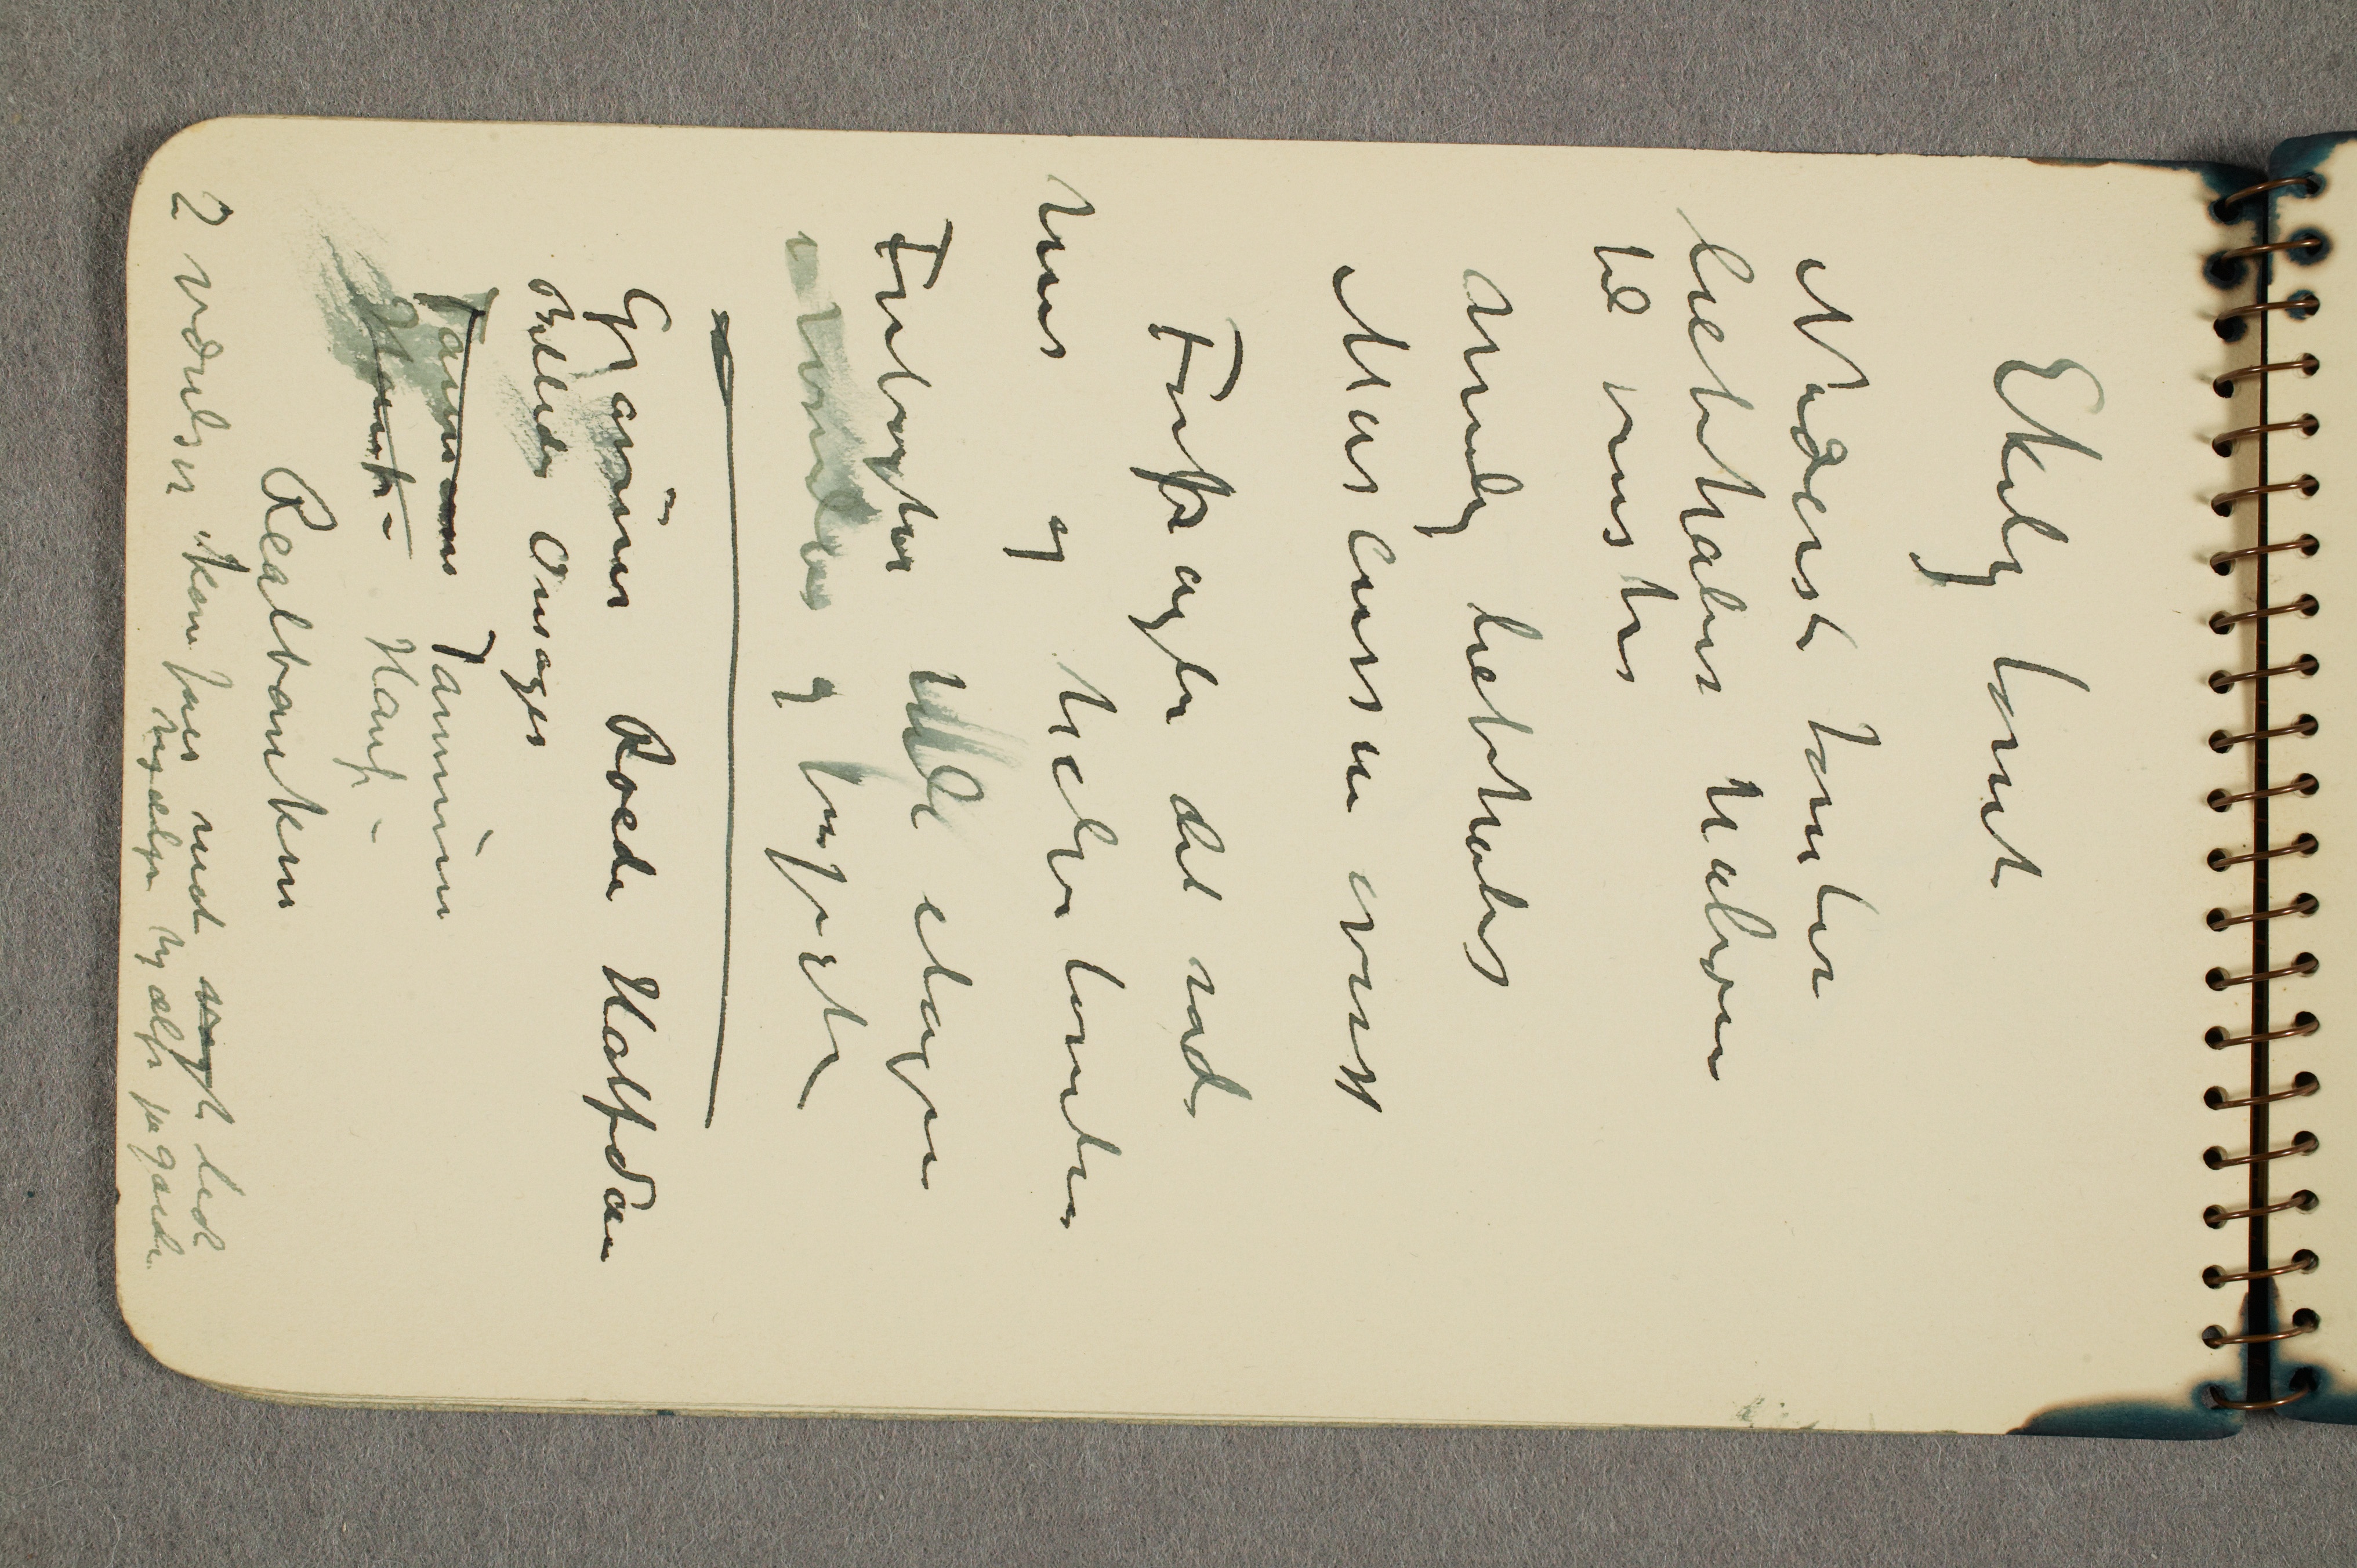
Ekely tomt
Nederste tomter
liebhaber halvere
til venstre
mulig liebhaber
Marcussen øverst
Forpagter det røde
hus og halve tomten
Forbagter hele etagen
i tomten og forpagte

Gravürer Roede Halfdan
Billede Onsager
Tannum Tannum
Hauf – Hauf –
Realbanken
2 værelser kan fåes mot vagt lidt
hjælp hjælp på gårde